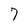
Character: 7